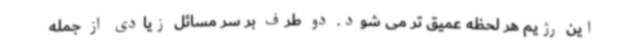
این رژیم هر لحظه عمیق تر می شود. دو طرف بر سر مسائل زیادی از جمله